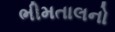
ભીમતાલનો